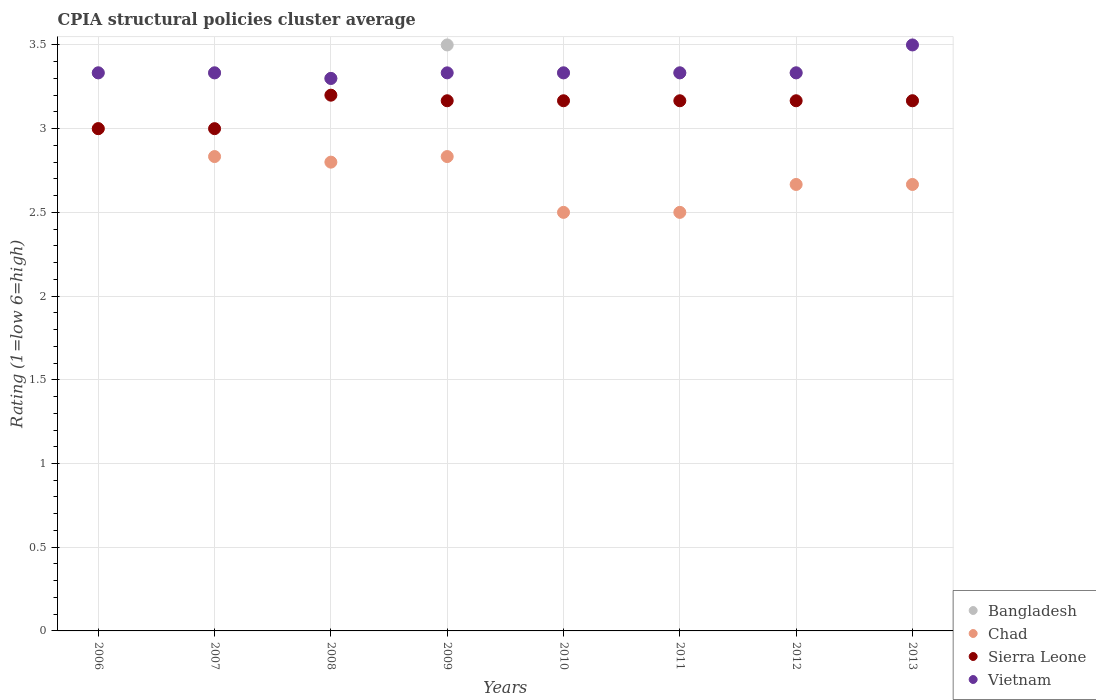
| Years | Bangladesh | Chad | Sierra Leone | Vietnam |
 | --- | --- | --- | --- | --- |
 | 2006 | 3.33 | 3 | 3 | 3.33 |
 | 2007 | 3.33 | 2.83 | 3 | 3.33 |
 | 2008 | 3.3 | 2.8 | 3.2 | 3.3 |
 | 2009 | 3.5 | 2.83 | 3.17 | 3.33 |
 | 2010 | 3.33 | 2.5 | 3.17 | 3.33 |
 | 2011 | 3.33 | 2.5 | 3.17 | 3.33 |
 | 2012 | 3.33 | 2.67 | 3.17 | 3.33 |
 | 2013 | 3.17 | 2.67 | 3.17 | 3.5 |